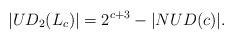
LaTeX: \begin{align*}|UD_2(L_c)|=2^{c+3}-|NUD(c)|.\end{align*}